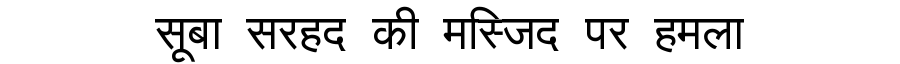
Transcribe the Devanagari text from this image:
सूबा सरहद की मस्जिद पर हमला